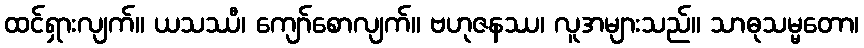
ထင်ရှားလျက်။ ယသဿီ၊ ကျော်စောလျက်။ ဗဟုဇနဿ၊ လူအများသည်။ သာဓုသမ္မတော၊